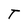
Character: T